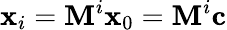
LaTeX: \mathbf{x}_{i}=\mathbf{M}^{i}\mathbf{x}_{0}=\mathbf{M}^{i}\mathbf{c}